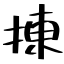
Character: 揀